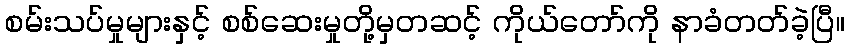
စမ်းသပ်မှုများနှင့် စစ်ဆေးမှုတို့မှတဆင့် ကိုယ်တော်ကို နာခံတတ်ခဲ့ပြီ။